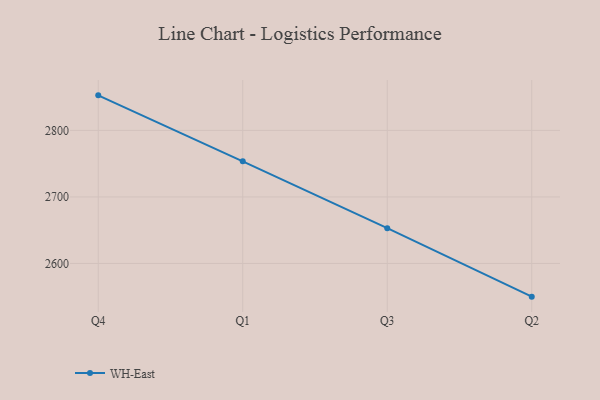
{"axis": {"x": "Quarter", "y": "Budget (USD K)"}, "legend": ["WH-East"], "data": [{"x": "Q4", "y": 2852.7, "type": "WH-East"}, {"x": "Q1", "y": 2753.5, "type": "WH-East"}, {"x": "Q3", "y": 2653.0, "type": "WH-East"}, {"x": "Q2", "y": 2550.1, "type": "WH-East"}]}